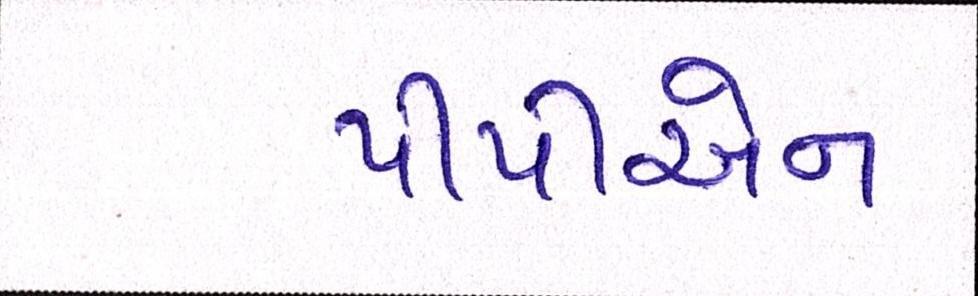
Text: પીપીએન